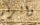
والرقم